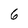
Character: 6